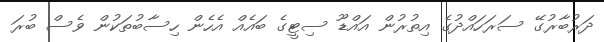
ދަރުބާރުގޭ ސަރަހައްދުގެ އިތުރުން އައްޑޫ ސިޓީގެ ބައެއް އެހެން ހިސާބުތަކުން ވެސް ބުރަ